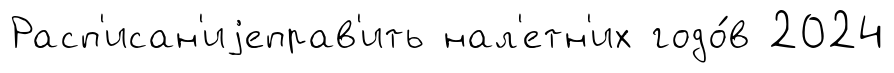
Расп'исан'иjеправ'ить нал'етн'их годо́в 2024